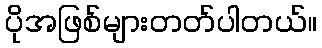
ပိုအဖြစ်များတတ်ပါတယ်။